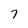
Character: 7